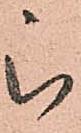
被